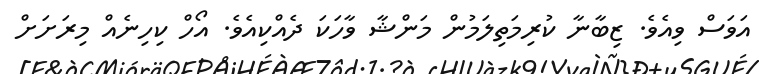
އަވަސް ވިއެވެ. ޒިބާނާ ކުރިމަތިލަމުން މަންޝާ ވާހަކަ ދެއްކިއެވެ. އޯހް ކިހިނެއް މިރަށަށް